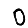
Digit: 0